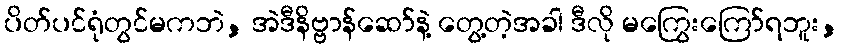
ပိတ်ပင်ရုံတွင်မကဘဲ, အဲဒီနိဗ္ဗာန်ဆော်နဲ့ တွေ့တဲ့အခါ ဒီလို မကြွေးကြော်ရဘူး,